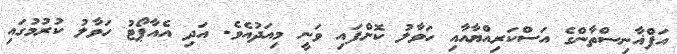
އަފްޣާނިސްތާންގެ އަސްކަރިއްޔާއާއި ހަވާލު ކޮށްފައި ވަނީ މިއަދުއެވެ. އަދި އެއާޕޯޓު ހަވާލު ކުރުމުގައި